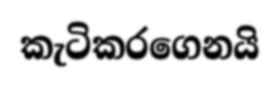
කැටිකරගෙනයි